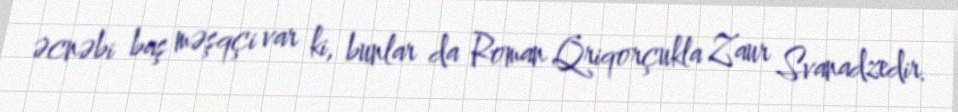
əcnəbi baş məşqçi var ki, bunlar da Roman Qriqorçukla Zaur Svanadzedir.